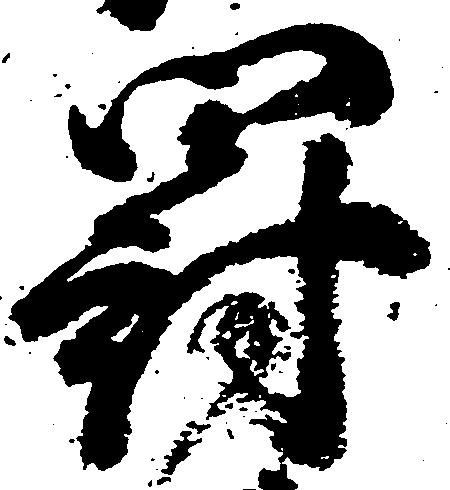
罰